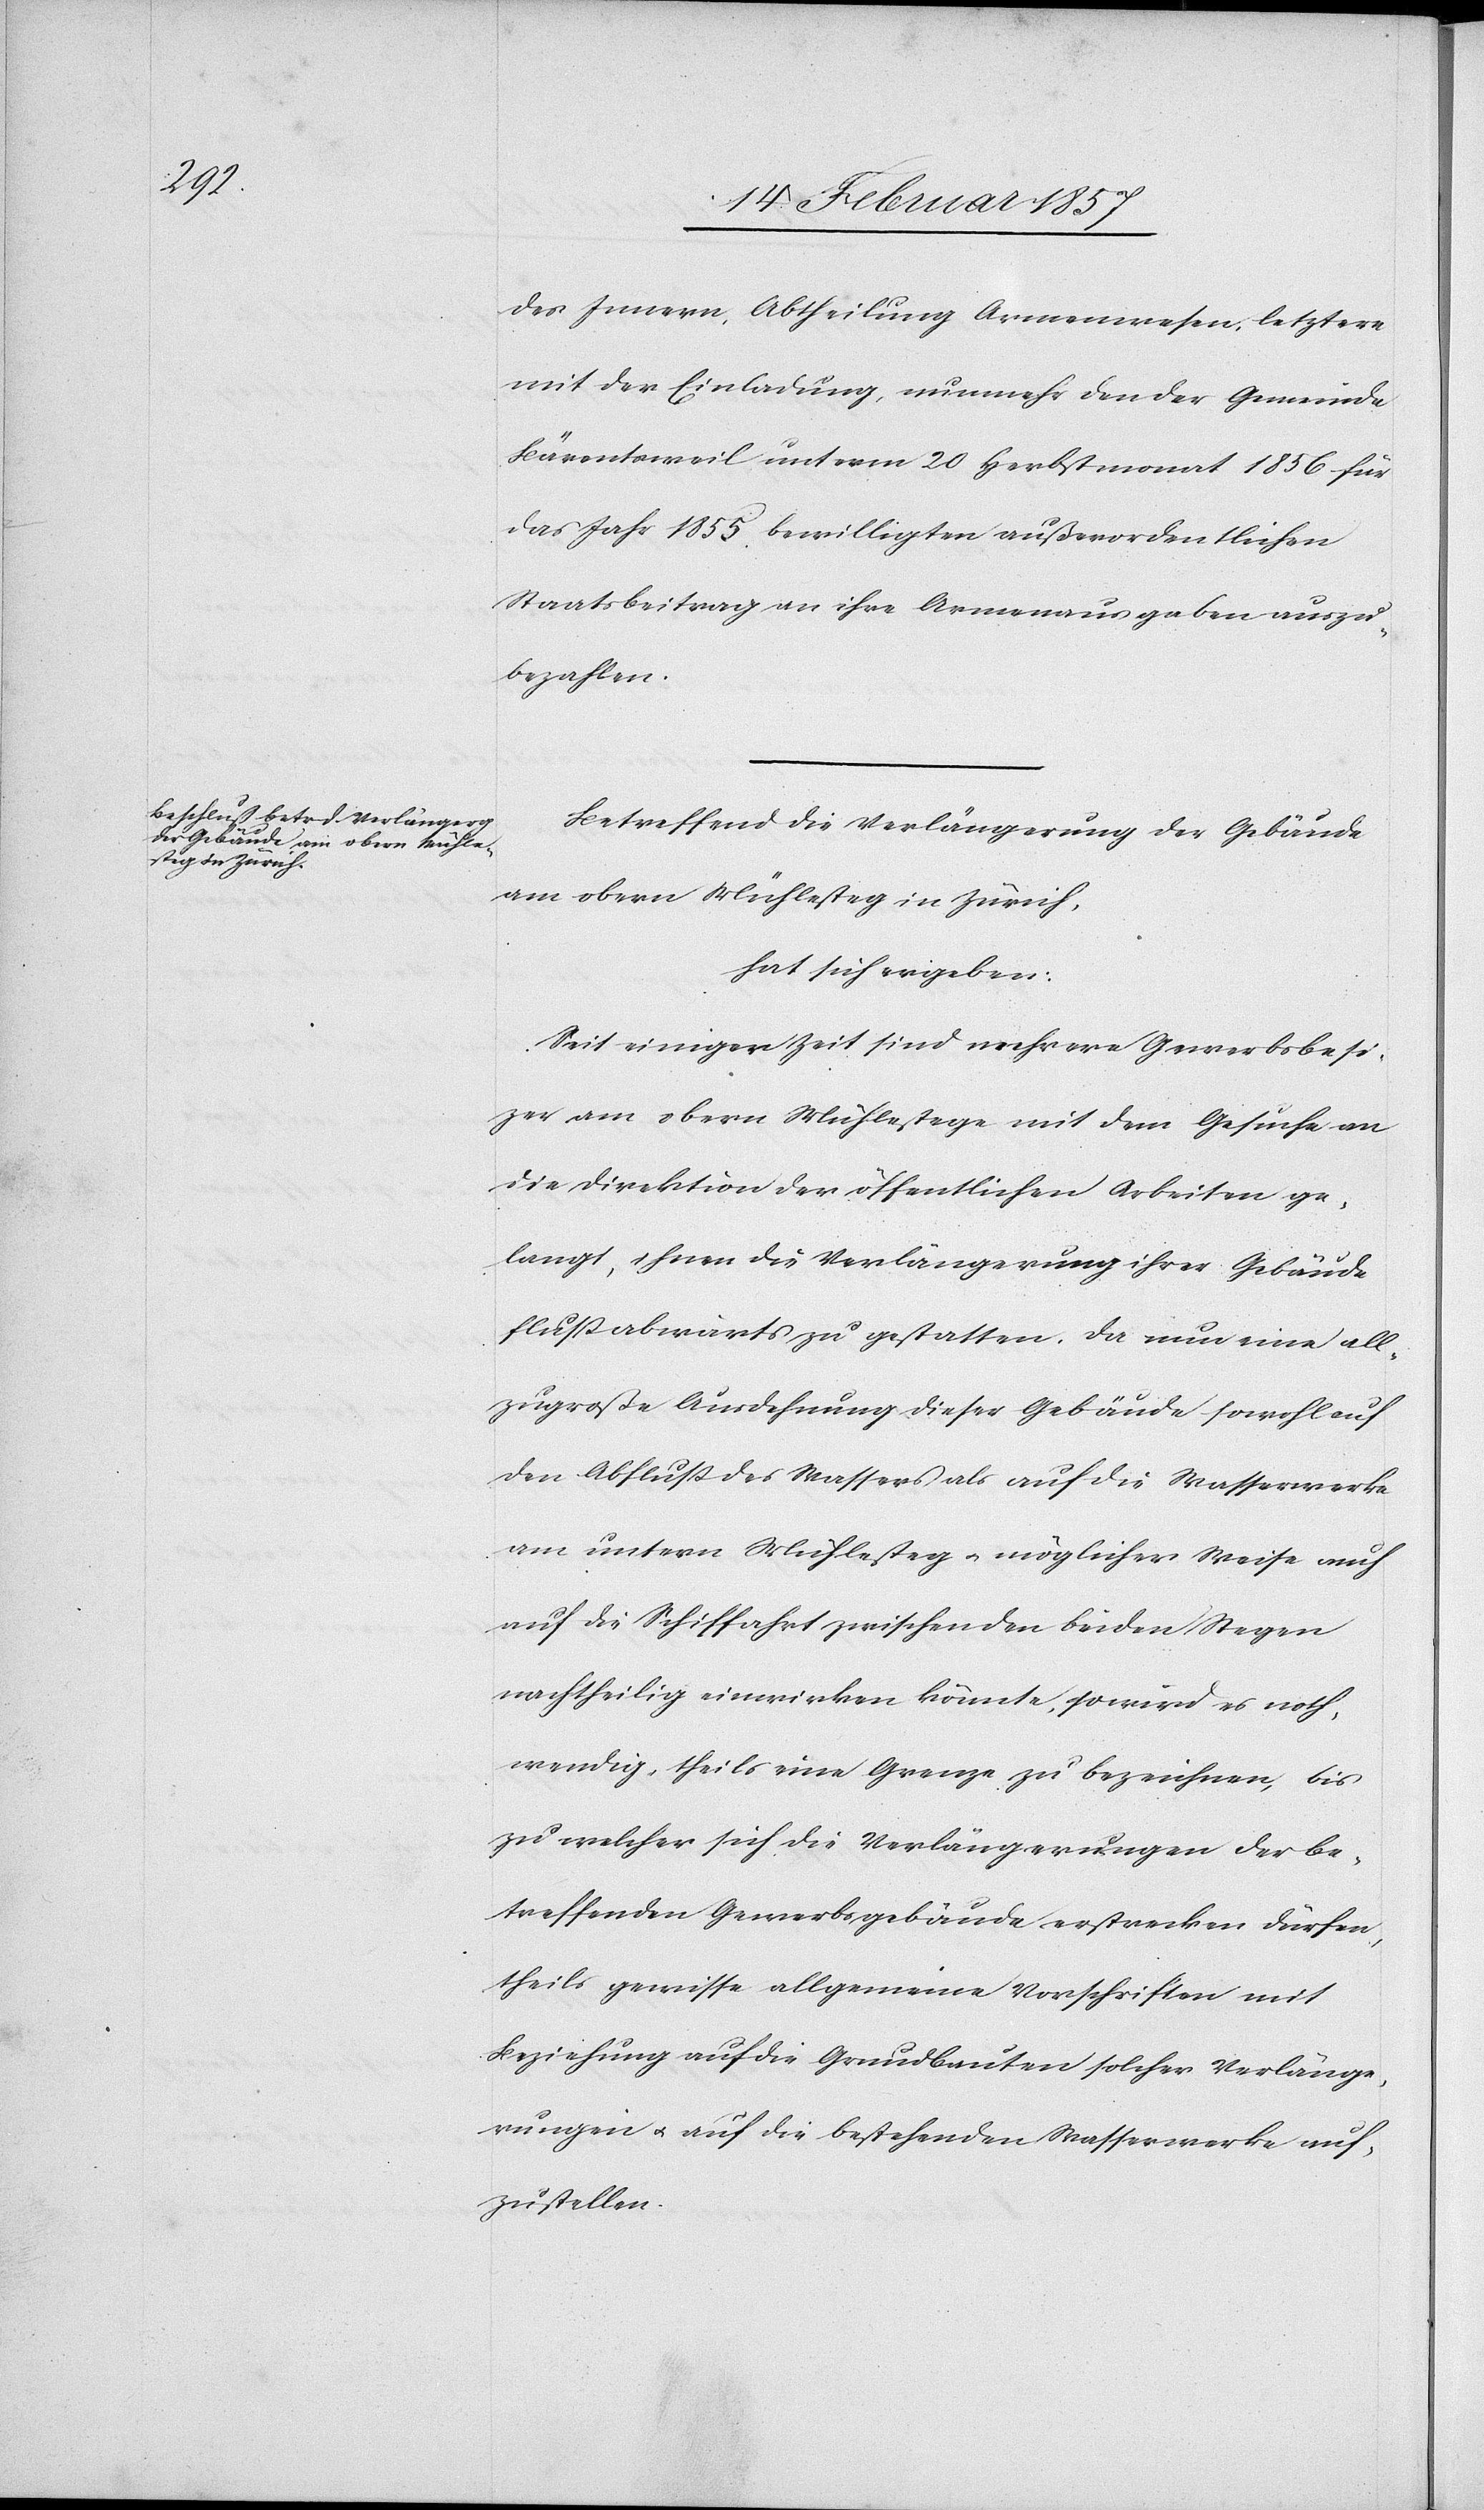
des Innern, Abtheilung Armenwesen, letztere
mit der Einladung, nunmehr den der Gemeinde
Bärentsweil unterm 20 Herbstmonat 1856 für
das Jahr 1855 bewilligten außerordentlichen
Staatsbeitrag an ihre Armenausgaben auszu¬
bezahlen.
Betreffend die Verlängerung der Gebäude
am obern Mühlesteg in Zürich,
hat sich ergeben:
Seit einiger Zeit sind mehrere Gewerbsbesi¬
zer am obern Mühlestege mit dem Gesuche an
die Direktion der öffentlichen Arbeiten ge¬
langt, ihnen die Verlängerung ihrer Gebäude
flußabwärts zu gestatten. Da nun eine all¬
zugroße Ausdehnung dieser Gebäude sowohl auf
den Abfluß des Wassers als auf die Wasserwerke
am untern Mühlesteg u. möglicher Weise auch
auf die Schiffahrt zwischen den beiden Stegen
nachtheilig einwirken könnte, so wird es noth¬
wendig, theils eine Grenze zu bezeichnen, bis
zu welcher sich die Verlängerungen der be¬
treffenden Gewerbsgebäude erstrecken dürfen,
theils gewisse allgemeine Vorschriften mit
Beziehung auf die Grundbauten solcher Verlänge¬
rungen u. auf die bestehenden Wasserwerke auf¬
zustellen.